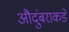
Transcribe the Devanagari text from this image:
औदुंबराकडे